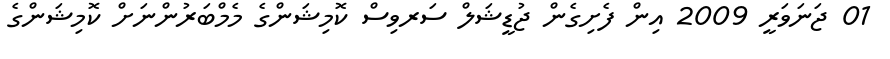
01 ޖަނަވަރީ 2009 އިން ފެށިގެން ޖުޑީޝަލް ސަރވިސް ކޮމިޝަންގެ މެމްބަރުންނަށް ކޮމިޝަންގެ